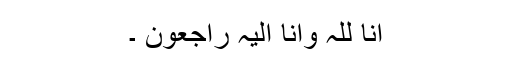
انا للہ وانا الیہ راجعون ۔